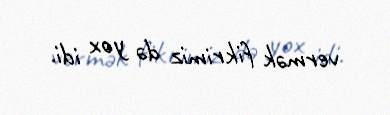
vermək fikrimiz də yox idi.